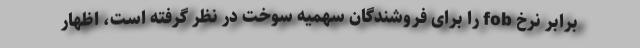
برابر نرخ fob را برای فروشندگان سهمیه سوخت در نظر گرفته است، اظهار